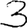
Digit: 3